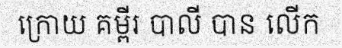
ក្រោយ គម្ពីរ បាលី បាន លើក